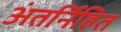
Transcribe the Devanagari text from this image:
अंतर्निहित